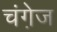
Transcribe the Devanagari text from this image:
चंगे़ज